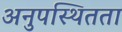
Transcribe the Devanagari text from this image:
अनुपस्थितता